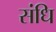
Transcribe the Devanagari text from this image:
संधि